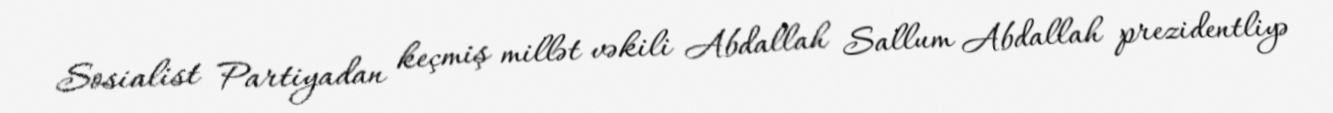
Sosialist Partiyadan keçmiş millət vəkili Abdallah Sallum Abdallah prezidentliyə